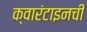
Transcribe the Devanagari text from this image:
क्वारंटाइनची